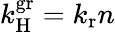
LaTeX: k_{\mathrm{H}}^{\mathrm{gr}}=k_{\mathrm{r}}n